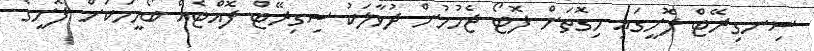
ސިނގިރޭޓް ފޮށީގައި މިގޮތަށް ފޮޓޯ ޖެހުމުން ދުވާލަކު ސިގިރޭޓް ފޮއްޓެއް ބޯމީހަކަށް ފޮށީގެ